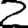
Digit: 2